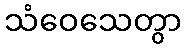
သံဝေသေတွာ